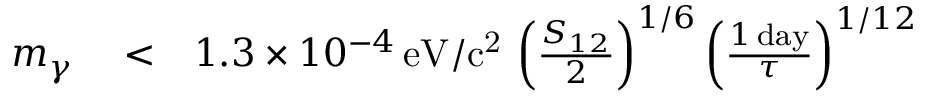
\begin{array} { r l r } { m _ { \gamma } } & { { } < } & { 1 . 3 \times 1 0 ^ { - 4 } \, \mathrm { e V / c ^ { 2 } } \, \left( \frac { S _ { 1 2 } } { 2 } \right) ^ { 1 / 6 } \left( \frac { 1 \, \mathrm { d a y } } { \tau } \right) ^ { 1 / 1 2 } } \end{array}